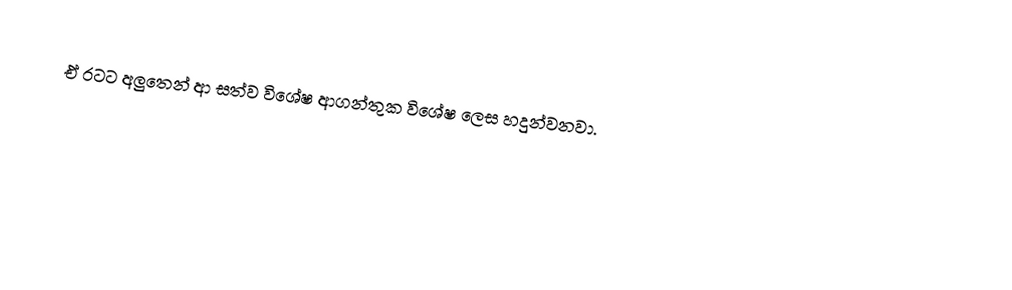
ඒ රටට අලුතෙන් ආ සත්ව විශේෂ ආගන්තුක විශේෂ ලෙස හදුන්වනවා.